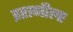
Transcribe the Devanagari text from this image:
इराणीला